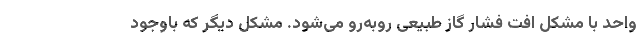
واحد با مشکل افت فشار گاز طبیعی روبه‌رو می‌شود. مشکل دیگر که باوجود